Madras plague regulations and rules for district municipalities and other towns and villages
Disease focus: Plague
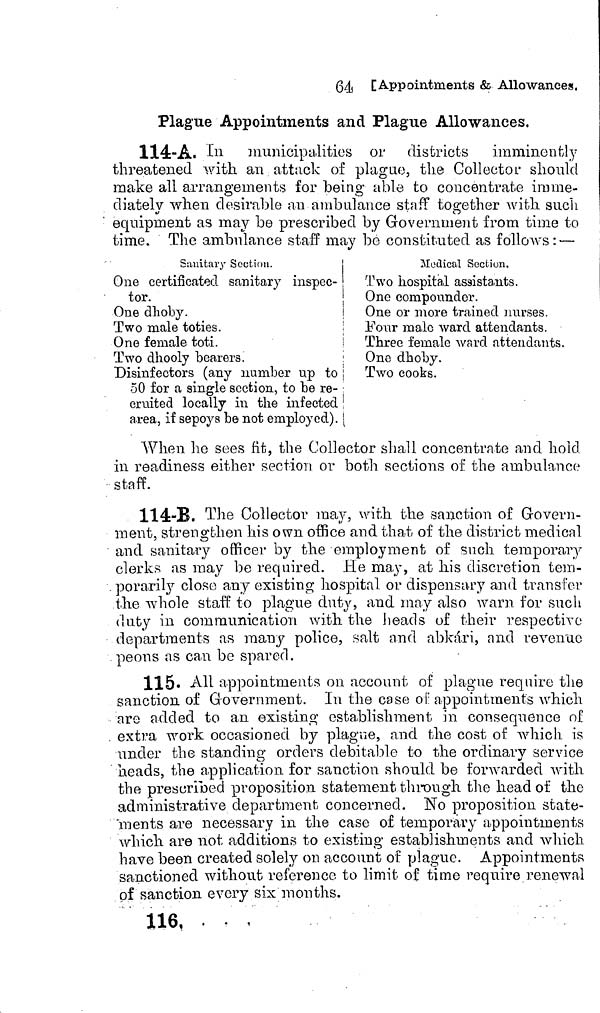
64 [Appointments & Allowances.
Plague Appointments and Plague Allowances.
114-A. In municipalities or districts imminently
threatened with an attack of plague, the Collector should
make all arrangements for being able to concentrate imme-
diately when desirable an ambulance staff together with such
O
equipment as may be prescribed by Government from time to
time. The ambulance staff may be constituted as follows: —
Sanitary Section.
One certificated sanitary inspec-
tor.
One dlioby.
Two male toties.
One female toti.
Two dhooly bearers.
Disinfectors (any number up to
50 for a single section, to be re-
cruited locally in the infected
area, if sepoys be not employed).
Medical Section.
Two hospital assistants.
One componnder.
One or more trained nurses.
Four male ward attendants.
Three female ward attendants.
One dhoby.
Two cooks.
1
When he sees fit, the Collector shall concentrate and hold
in readiness either section or both sections of the ambulance
staff.
114-B. The Collector may, with the sanction of Govern-
ment, strengthen his own office and that of the district medical
and sanitary officer by the employment of such temporary
clerks as may be required. He may, at his discretion tem-
porarily close any existing hospital or dispensary and transfer
the whole staff to plague duty, and may also warn for such
duty in communication with the heads of their respective
departments as many police, salt and abkári, and revenue
peons as can be spared.
115. All appointments on account of plague require the
sanction of Government. In the case of appointments which
are added to an existing establishment in consequence of
extra work occasioned by plague, and the cost of which is
under the standing orders debatable to the ordinary service
heads, the application, for sanction should be forwarded with
the prescribed proposition statement through the head of the
administrative department concerned. No proposition state-
ments are necessary in the case of temporary appointments
which are not additions to existing establishments and which
have been created solely on account of plague. Appointments
sanctioned without reference to limit of time require renewal
of sanction every six months.
116, .
-